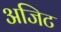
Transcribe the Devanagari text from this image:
अजिट